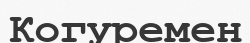
Когуремен